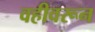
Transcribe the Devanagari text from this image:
वहीवरून